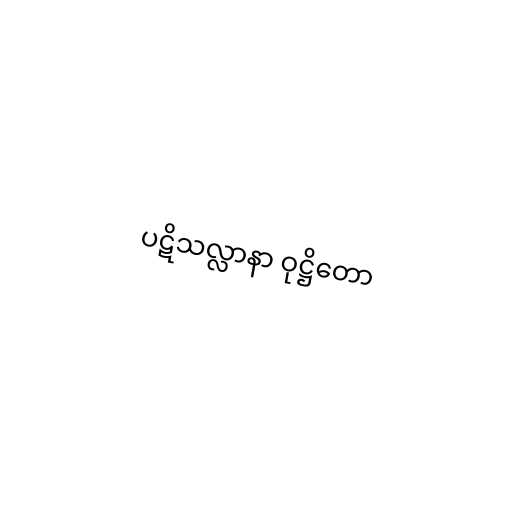
ပဋိသလ္လာနာ ဝုဋ္ဌိတော